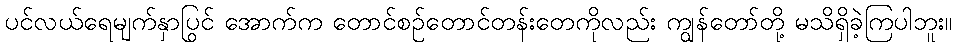
ပင်လယ်ရေမျက်နှာပြင် အောက်က တောင်စဉ်တောင်တန်းတွေကိုလည်း ကျွန်တော်တို့ မသိရှိခဲ့ကြပါဘူး။